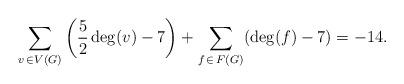
LaTeX: \begin{align*}\sum_{v\, \in V(G)}\left(\frac{5}{2}\deg(v) - 7\right) + \sum_{f\, \in\, F(G)}(\deg(f) - 7) = - 14.\end{align*}